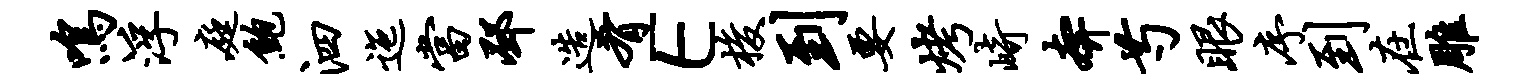
鸣浮庭鲍泗迤当邳造肴E梭到要烤崎奔芍眼序到在雕